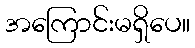
အကြောင်းမရှိပေ။